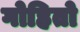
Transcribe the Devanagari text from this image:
गोहितो